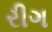
રીગ